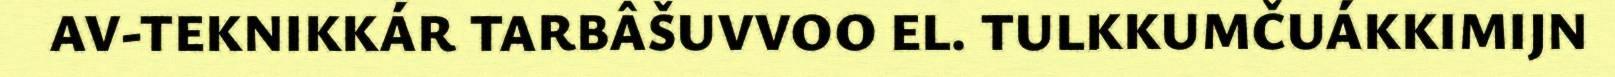
AV-TEKNIKKÁR TARBÂŠUVVOO EL. TULKKUMČUÁKKIMIJN